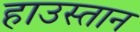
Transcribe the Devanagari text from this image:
हाउस्तान